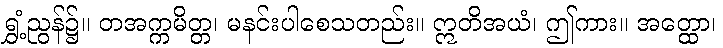
ရွှံ့ညွန်၌။ တအက္ကမိတ္တ၊ မနင်းပါစေသတည်း။ ဣတိအယံ၊ ဤကား။ အတ္ထော၊